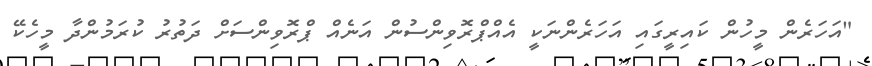
"އަހަރެން މީހުން ކައިރީގައި އަހަރެންނަކީ އެއްޕްރޮވިންސުން އަނެއް ޕްރޮވިންސަށް ދަތުރު ކުރަމުންދާ މީހެކޭ